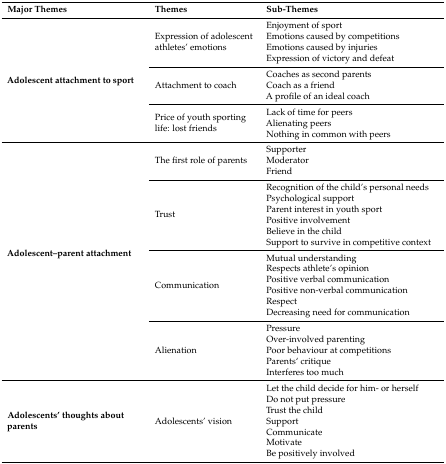
<table><thead><tr><td><b>Major Themes</b></td><td><b>Themes</b></td><td><b>Sub-Themes</b></td></tr></thead><tbody><tr><td rowspan="3"><b>Adolescent attachment to sport</b></td><td>Expression of adolescent athletes’ emotions</td><td>Enjoyment of sportEmotions caused by competitionsEmotions caused by injuriesExpression of victory and defeat</td></tr><tr><td>Attachment to coach</td><td>Coaches as second parentsCoach as a friendA profile of an ideal coach</td></tr><tr><td>Price of youth sporting life: lost friends</td><td>Lack of time for peersAlienating peersNothing in common with peers</td></tr><tr><td rowspan="4"><b>Adolescent–parent attachment</b></td><td>The first role of parents</td><td>SupporterModeratorFriend</td></tr><tr><td>Trust</td><td>Recognition of the child’s personal needsPsychological supportParent interest in youth sportPositive involvementBelieve in the childSupport to survive in competitive context</td></tr><tr><td>Communication</td><td>Mutual understandingRespects athlete’s opinionPositive verbal communicationPositive non-verbal communicationRespectDecreasing need for communication</td></tr><tr><td>Alienation</td><td>PressureOver-involved parentingPoor behaviour at competitionsParents‘ critiqueInterferes too much</td></tr><tr><td><b>Adolescents’ thoughts about parents</b></td><td>Adolescents’ vision</td><td>Let the child decide for him- or herselfDo not put pressureTrust the childSupportCommunicateMotivateBe positively involved</td></tr></tbody></table>